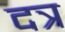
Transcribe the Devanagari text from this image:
दत्र